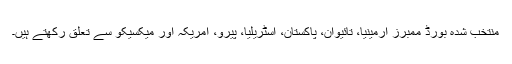
منتخب شدہ بورڈ ممبرز آرمینیا، تائیوان، پاکستان، آسٹریلیا، پیرو، امریکہ اور میکسیکو سے تعلق رکھتے ہیں۔